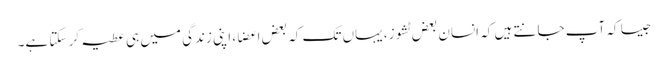
جیسا کہ آپ جانتے ہیں کہ انسان بعض ٹشوز، یہاں تک کہ بعض اعضا، اپنی زندگی میں ہی عطیہ کر سکتا ہے۔